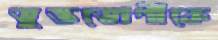
ভুক্তভোগীকে